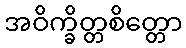
အဝိက္ခိတ္တစိတ္တော